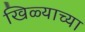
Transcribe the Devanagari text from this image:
खिळ्याच्या